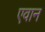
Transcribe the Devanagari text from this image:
एवान